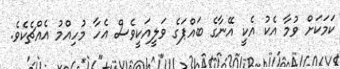
ކަމަކަށް ވުމާ އެކު އެކީ އޭނާގެ ބައްޕަގެ ވަލީއަކީވެސް އެހާ މުހިއްމު އެއްޗެކެވެ.